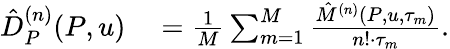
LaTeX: \begin{array}{rl}{\hat{D}_{P}^{(n)}(P,u)}&{{}=\frac{1}{M}\sum_{m=1}^{M}\frac{\hat{M}^{(n)}(P,u,\tau_{m})}{n!\cdot\tau_{m}}.}\end{array}